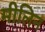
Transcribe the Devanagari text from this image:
मीलिन